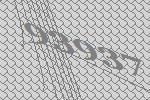
93937